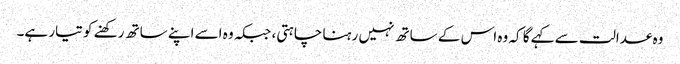
وہ عدالت سے کہے گا کہ وہ اس کے ساتھ نہیں رہنا چاہتی، جبکہ وہ اسے اپنے ساتھ رکھنے کو تیار ہے۔